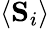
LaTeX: \langle\mathbf{S}_{i}\rangle